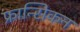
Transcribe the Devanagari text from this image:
फ्रान्सिकन